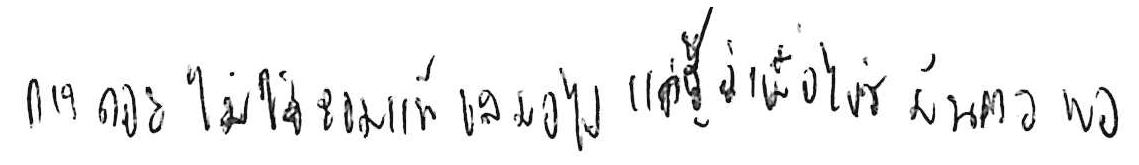
การถอย ไม่ใช่ยอมแพ้ เสมอไป แค่รู้ว่าเมื่อไหร่ มันควรพอ